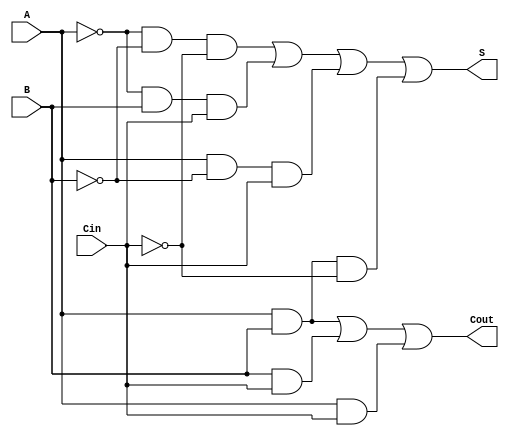
module Negative_Circuit_Full_Adder (
    input wire A,      // First input bit (negative logic)
    input wire B,      // Second input bit (negative logic)
    input wire Cin,    // Carry-in bit (negative logic)
    output wire S,     // Sum output bit (negative logic)
    output wire Cout    // Carry-out output bit (negative logic)
);

// Internal signals for inverted inputs
wire A_inv;
wire B_inv;
wire Cin_inv;

// Invert the inputs to handle negative logic
assign A_inv = ~A; // A_inv = NOT A
assign B_inv = ~B; // B_inv = NOT B
assign Cin_inv = ~Cin; // Cin_inv = NOT Cin

// Sum output (S) logic
assign S = (A_inv & B_inv & Cin_inv) | (A_inv & B & Cin) | (A & B_inv & Cin) | (A & B & Cin_inv);

// Carry-out output (Cout) logic
assign Cout = (A & B) | (B & Cin) | (A & Cin);

endmodule